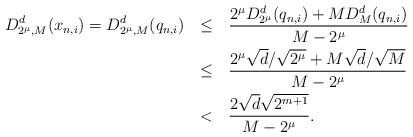
LaTeX: \begin{align*} \begin{aligned} D^d_{2^{\mu},M}(x_{n,i})=D^d_{2^{\mu},M}(q_{n,i}) \:\:\: & \leq \:\:\: \frac{2^{\mu}D^d_{2^{\mu}}(q_{n,i})+MD^d_M(q_{n,i})}{M-2^{\mu}}\\ & \leq \:\:\: \frac{2^{\mu}\sqrt{d}/\sqrt{2^{\mu}}+M\sqrt{d}/\sqrt{M}}{M-2^{\mu}}\\ & < \:\:\: \frac{2\sqrt{d}\sqrt{2^{m+1}}}{M-2^{\mu}}. \end{aligned}\end{align*}